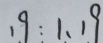
1 9 : 1 , 1 9